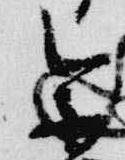
参